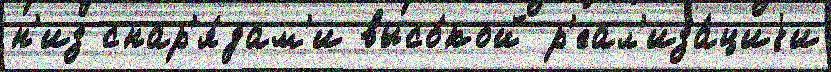
н'из снар'я́дам'и высо́кой р'еал'иза́циjи